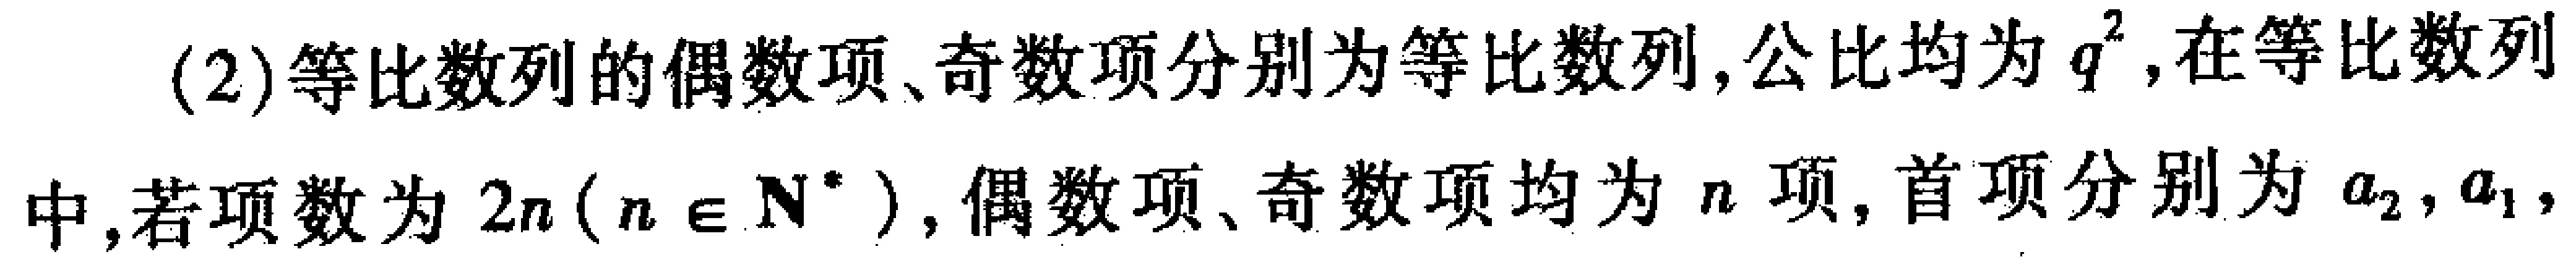
(2)等比数列的偶数项、奇数项分别为等比数列,公比均为$q^{2}$,在等比数列

中,若项数为$2n(n\in \mathbf{N}^{*})$,偶数项、奇数项均为$n$项,首项分别为$a_{2},a_{1},$